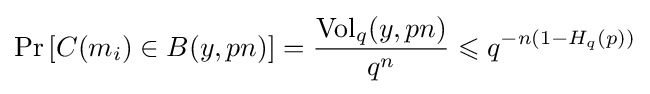
\Pr \left[C(m_{i})\in B(y,pn)\right]={\frac {\mathrm {Vol} _{q}(y,pn)}{q^{n}}}\leqslant q^{-n(1-H_{q}(p))}